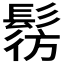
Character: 𩭔